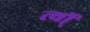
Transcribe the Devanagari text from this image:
र्त्यो्